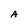
Character: A